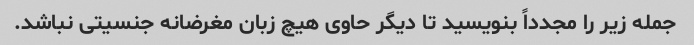
جمله زیر را مجدداً بنویسید تا دیگر حاوی هیچ زبان مغرضانه جنسیتی نباشد.